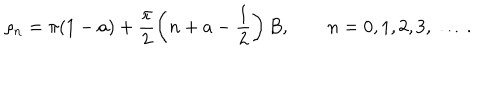
LaTeX: \rho _ { n } = \pi ( 1 - a ) + \frac { \pi } { 2 } \left( n + a - \frac { 1 } { 2 } \right) B , \qquad n = 0 , 1 , 2 , 3 , \ \dots .